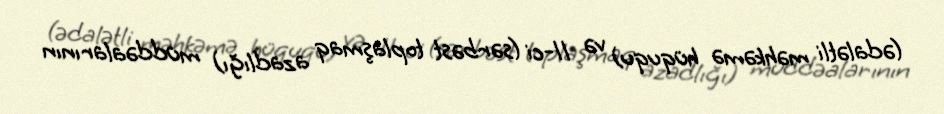
(ədalətli məhkəmə hüququ) və 11-ci (sərbəst toplaşmaq azadlığı) müddəalarının